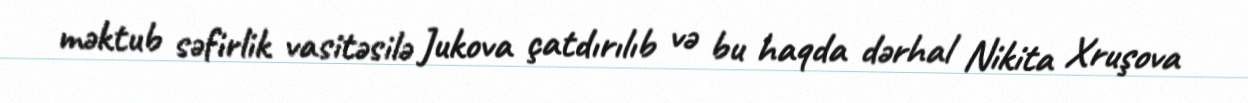
məktub səfirlik vasitəsilə Jukova çatdırılıb və bu haqda dərhal Nikita Xruşova